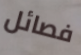
فصائل